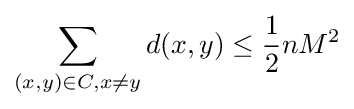
\sum _{(x,y)\in C,x\neq y}d(x,y)\leq {\frac {1}{2}}nM^{2}